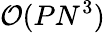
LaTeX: \mathcal{O}(PN^{3})